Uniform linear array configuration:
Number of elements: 4
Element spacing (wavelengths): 0.75
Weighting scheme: kaiser
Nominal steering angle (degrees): -60
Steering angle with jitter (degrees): -60.598
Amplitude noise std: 0.05
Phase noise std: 0.05

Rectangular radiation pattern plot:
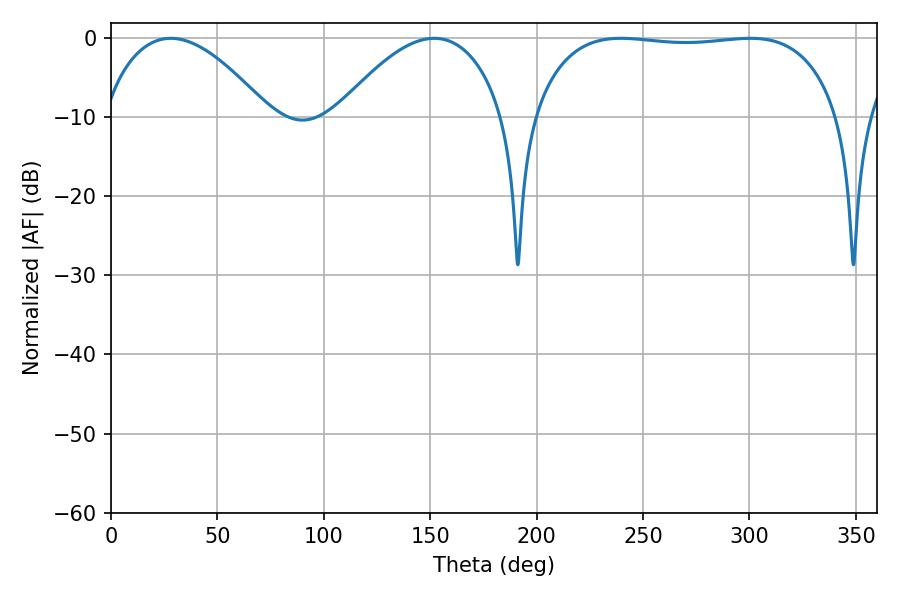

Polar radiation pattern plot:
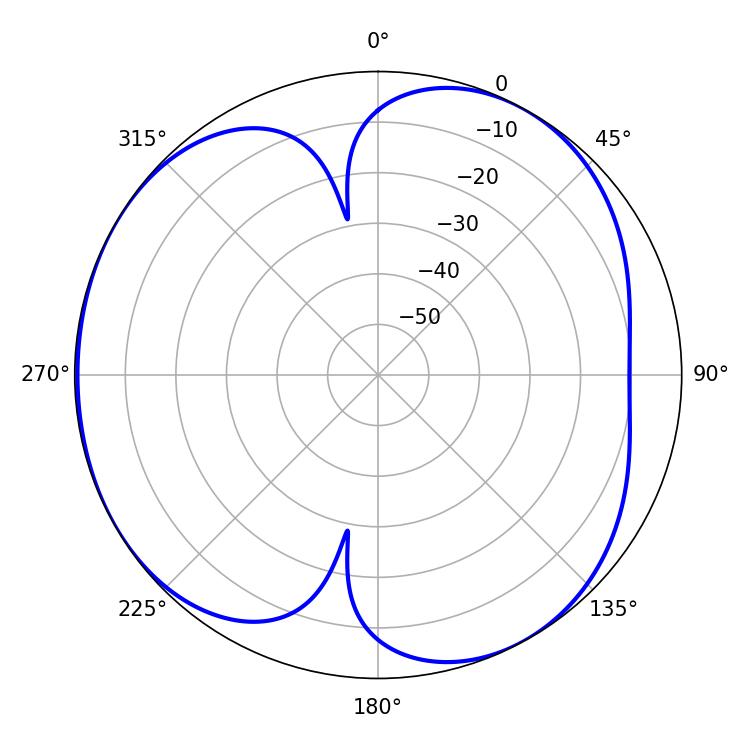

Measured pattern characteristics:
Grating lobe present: TRUE
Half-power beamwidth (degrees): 114.12
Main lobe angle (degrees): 239.58